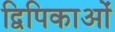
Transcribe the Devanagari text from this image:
द्विपिकाओं